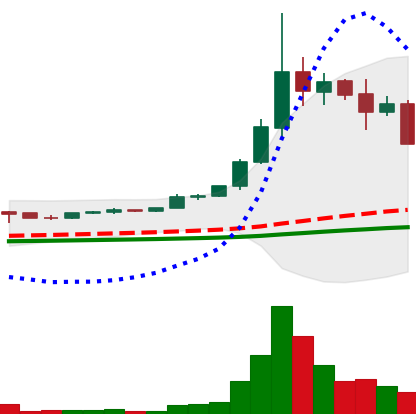
Ticker: ETC-USD
Chart end date: 2021-05-12
Forward return: 8.674%
Label: up_7plus